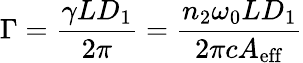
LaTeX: \Gamma=\frac{\gamma LD_{1}}{2\pi}=\frac{n_{2}\omega_{0}LD_{1}}{2\pi cA_{\mathrm{eff}}}